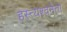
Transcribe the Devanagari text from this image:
हस्त्यश्वनेता